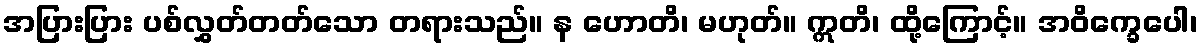
အပြားပြား ပစ်လွှတ်တတ်သော တရားသည်။ န ဟောတိ၊ မဟုတ်။ ဣတိ၊ ထို့ကြောင့်။ အဝိက္ခေပေါ၊